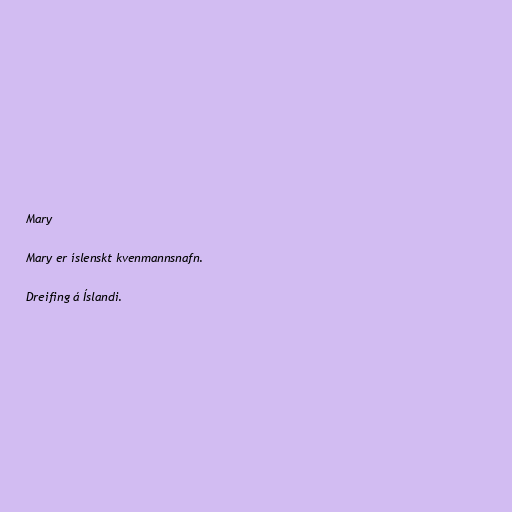
Mary

Mary er íslenskt kvenmannsnafn.

Dreifing á Íslandi.